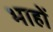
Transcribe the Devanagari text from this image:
भाहों